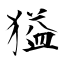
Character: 獈